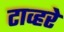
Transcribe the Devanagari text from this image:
टाव्हरे